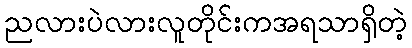
ညလားပဲလားလူတိုင်းကအရသာရှိတဲ့